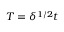
T = \delta ^ { 1 / 2 } t